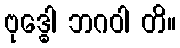
ဗုဒ္ဓေါ ဘဂဝါ တိ။